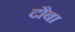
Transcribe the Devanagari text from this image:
दौबा